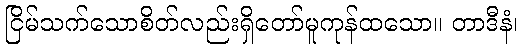
ငြိမ်သက်သောစိတ်လည်းရှိတော်မူကုန်ထသော။ တာဒီနံ၊